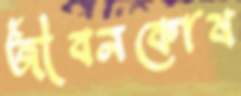
জীবনকোষ